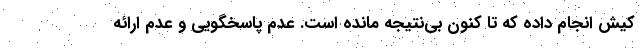
کیش انجام داده که تا کنون بی‌نتیجه مانده است. عدم پاسخگویی و عدم ارائه